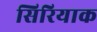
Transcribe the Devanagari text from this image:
सिरियाक